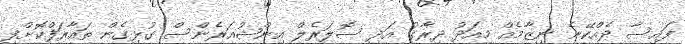
ފައިސާ ދެއްކޭނެ ނިޒާމެއް މިއަދު ދިރާގު އަދި ސޮލަރެލް އިންޝުއަރެންސް ގުޅިގެން ތައާރަފްކޮށްފި